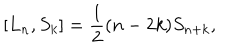
\left[ L _ { n } , S _ { k } \right] = \frac { 1 } { 2 } ( n - 2 k ) S _ { n + k } ,